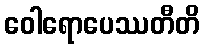
ဝေါရောပေဿတီတိ